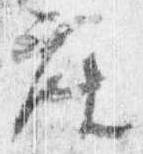
座